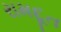
રામદૂત